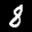
Label: 8